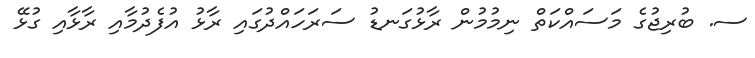
ސ. ބުރިޖުގެ މަސައްކަތް ނިމުމުން ރާޅުގަނޑު ސަރަހައްދުގައި ރާޅު އުފެދުމާއި ރާޅާއި ގުޅޭ